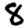
Digit: 8